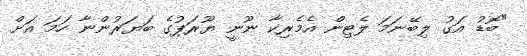
"ބޮޑު އަގު ލިބޭނަމަ ލެޓިން އެމެރިކާ ނޫނީ ޔޫރަޕުގެ ބަޔަރުންނާ ހަމަ އަށް